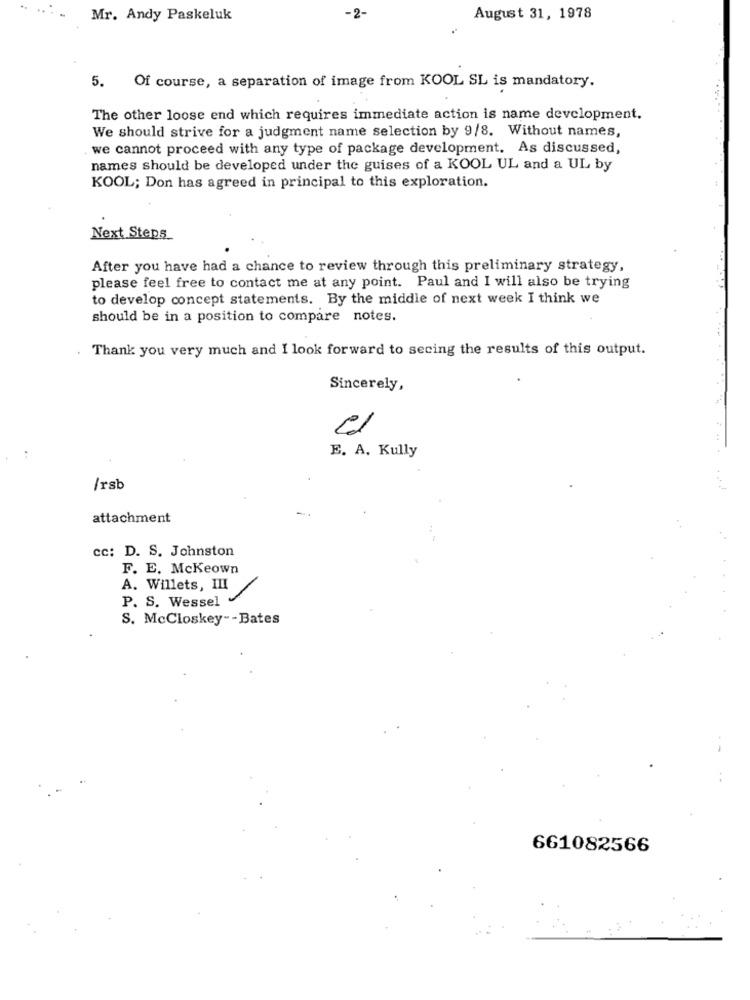
Mr. Andy Paskeluk
August 31, 1978
5. Of course, a separation of image from KOOL SL is mandatory.
The other loose end which requires immediate action is name development.
We should strive for a judgment name selection by 9/8. Without names,
we cannot proceed with any type of package development. As discussed,
names should be developed under the guises of a KOOL UL and a UL by
KOOL; Don has agreed in principal to this exploration.
Next Steps
After you have had a chance to review through this preliminary strategy,
please feel free to contact me at any point. Paul and I will also be trying
to develop concept statements. By the middle of next week I think we
should be in a position to compare notes.
Thank you very much and I look forward to secing the results of this output.
Sincerely,
E. A. Kully
/rsb
attachment
cc: D. S. Johnston
F. E. Mckeown
A. Willets, III
P. S. Wessel
1
S. McCloskey -- Bates
661082566